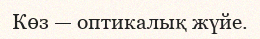
Көз — оптикалық жүйе.